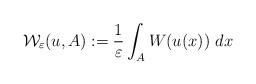
LaTeX: \begin{align*}\mathcal{W}_{\varepsilon}(u,A):=\frac{1}{\varepsilon}\int_{A}W(u(x))~dx\end{align*}